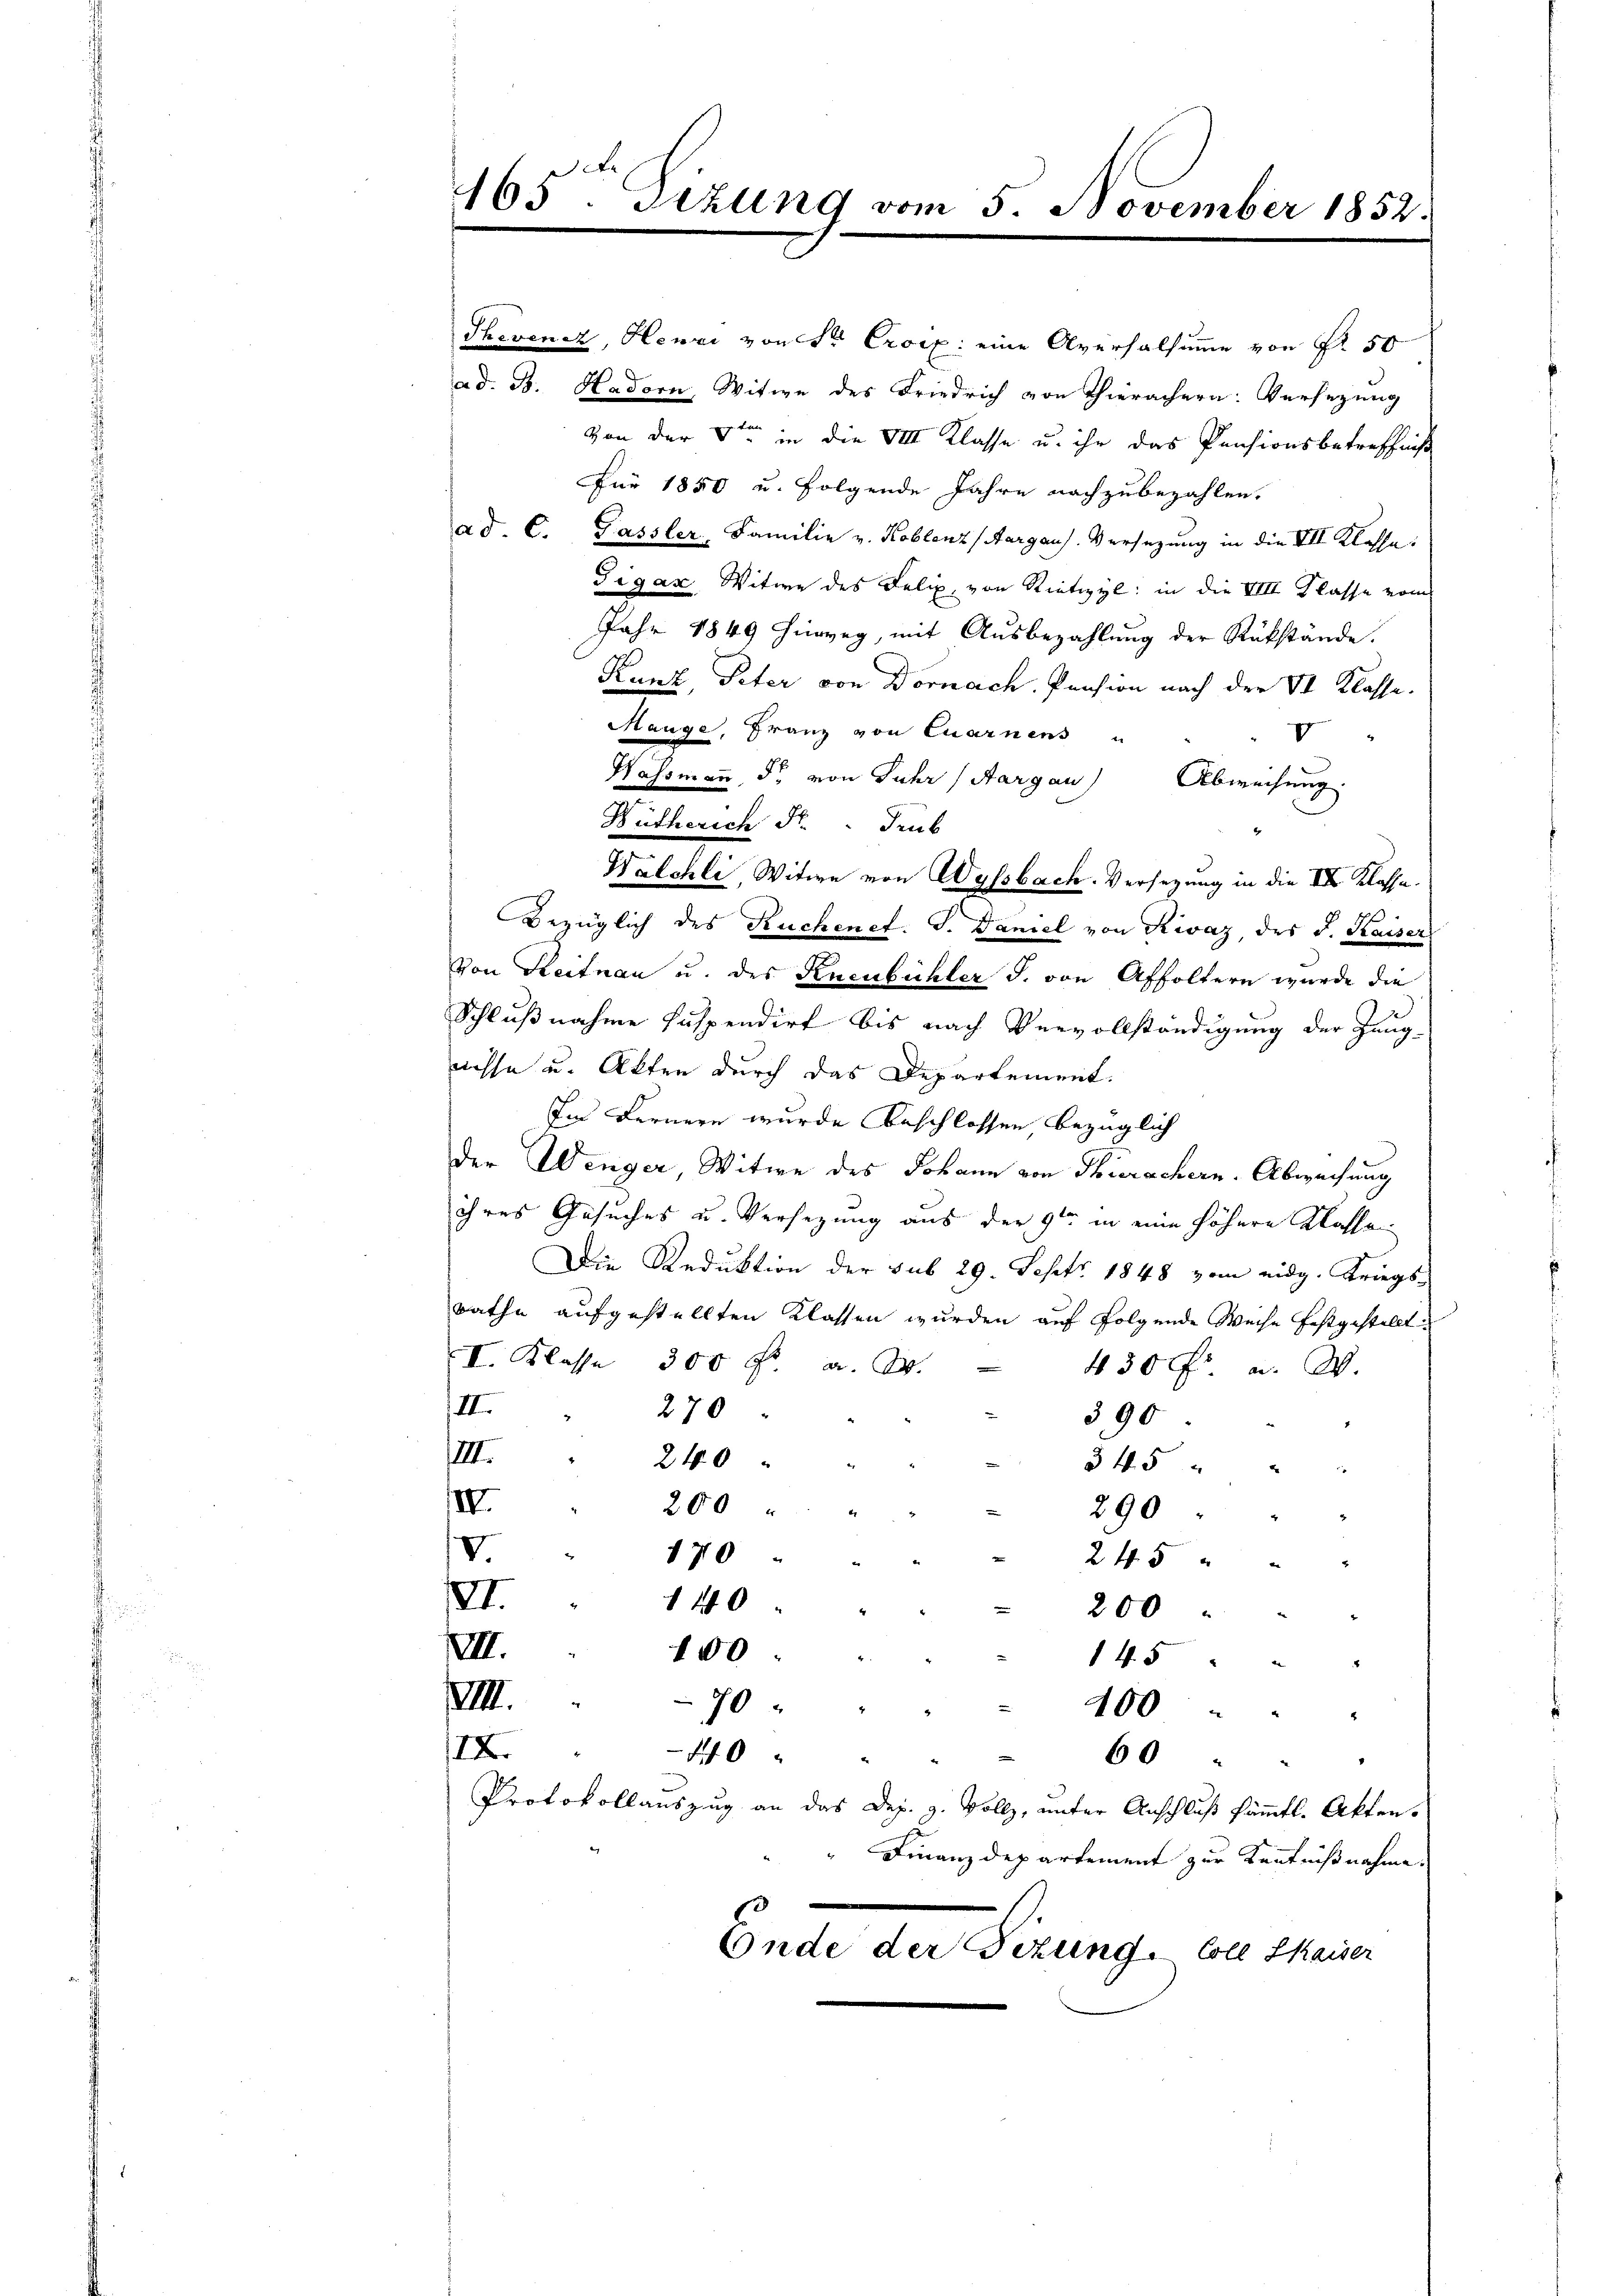
Thevenez, Henri von Sr Croix: eine Aversalsumme von S. 50
ad. B. Hadorn, Witwe des Friedrich von Thierachern: Versezung
von der 8ten in die VIII Klasse u. ihr das Pensionsbetreffniß
Für 1850 u. folgende Jahre nachzubezahlen.
ad. C. Fassler, Familie v. Koblenz (Aargaus. Versezung in die VII Klasse:
Gigax Witwe des Felix von Rietizyl: in die VIII Klasse vom
Jahr 1849 hinweg, mit Ausbezahlung der Rükstände.
Kunz, Peter von Dornach. Pension nach der St. Klasse.
Mange, Franz von Quarnens u
F
Hassmann, dr. von Jahr (Aargau) Abweisung.
Wütherich Fr. Trub
Walchli, Witwe von Wyssbach. Versezung in die II Klasse.
Bezüglich des Ruchenet. J. Daniel von Rivaz, des d. Kaiser
Von Reitnau u. des Knenbüchler J. von Affoltern wurde die
Schlußnahme suspendirt bis nach Vervollständigung der Zeug-
nisse u. Akten durch das Departement.
Im Fernern wurde beschlossen bezüglich
der Wenger Witwe des Johann von Thierachern. Abweisung
ihres Gesuches u. Versezung aus der 9ten in eine höhere Klasse
Die Reduktion der sub 29. Sept. 1848 vom eidg. Kriegs-
rathe aufgestellten Klassen wurden auf folgende Weise festgestellt:
I. Klasse 300 Fr. a. O.
430 fr. a. W.
II.
270
390
III.
240
345 " "
IV.
200
290
V.
170
245
II.
140
200
VII.
100
4.5 " " "
VIII.
70
400 " " "
IX.
10
60 " "
Protokollauszug an das Dez. g. Vollz, unter Anschluß sämmtl. Akten.
Finanzdepartement zur Kenntnißnahme.
Ende der Fezung. Coll Kaiser

165 Dizung vom 5. November 1852.